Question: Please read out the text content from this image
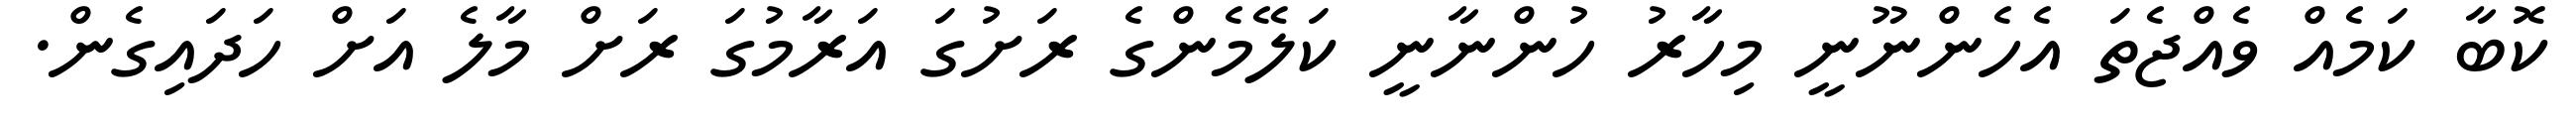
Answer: ކޮބާ ކަމެއް ވެއްޖެތަ އެހެންނޫނީ މިހާރު ހުންނާނީ ކަލޭމެންގެ ރަށުގަ އަރާމުގަ ރަށް މާލެ އަށް ހަދައިގެން.